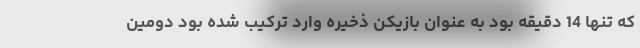
که تنها 14 دقیقه بود به عنوان بازیکن ذخیره وارد ترکیب شده بود دومین